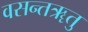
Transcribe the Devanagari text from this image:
वसन्तॠतु